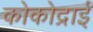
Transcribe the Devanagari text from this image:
कोकोद्राई